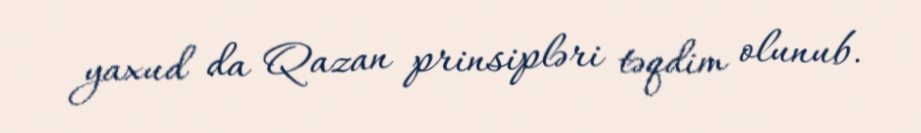
yaxud da Qazan prinsipləri təqdim olunub.